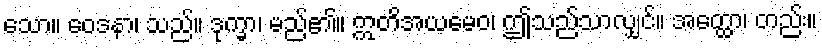
သော။ ဝေဒနာ၊ သည်။ ဒုက္ခာ၊ မည်၏။ ဣတိအယမေဝ၊ ဤသည်သာလျှင်။ အတ္ထော၊ တည်း။